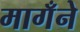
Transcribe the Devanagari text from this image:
मागँने